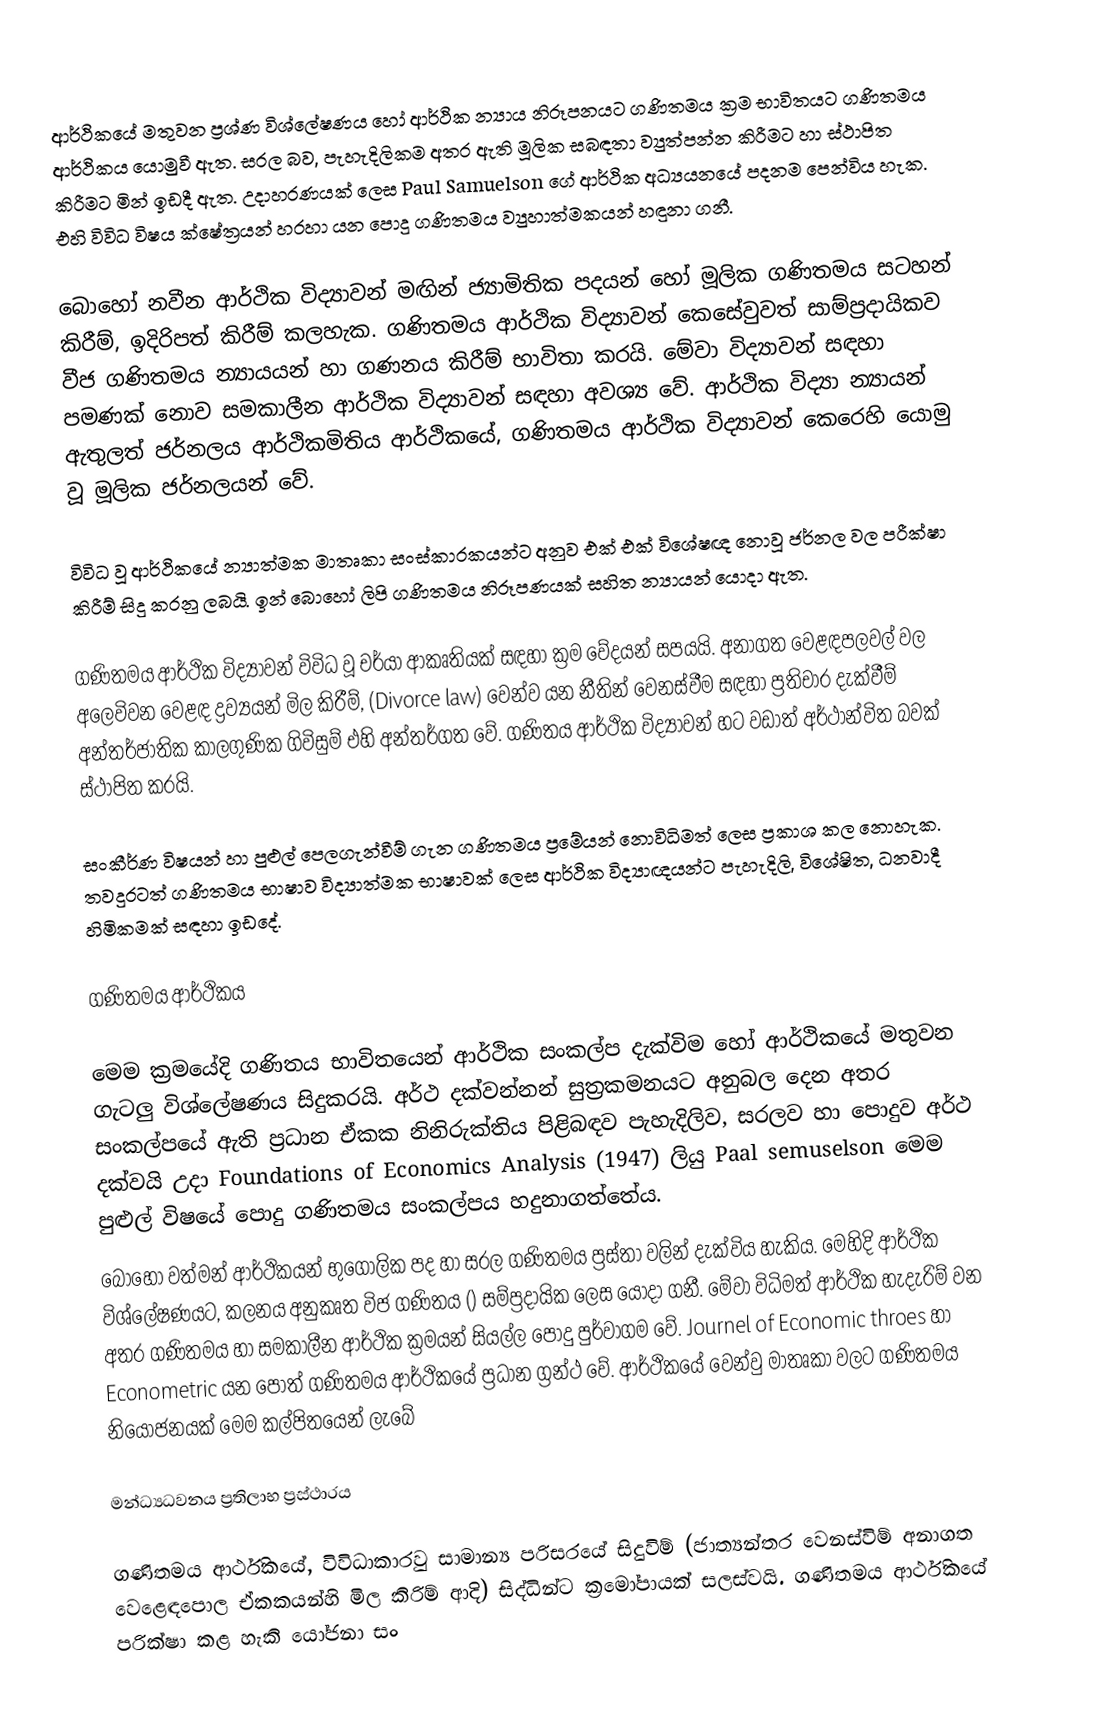
ආර්ථිකයේ මතුවන ප්‍රශ්ණ විශ්ලේෂණය හෝ ආර්ථික න්‍යාය නිරූපනයට ගණිතමය ක්‍රම භාවිතයට ගණිතමය ආර්ථිකය යොමුවී ඇත.  සරල බව, පැහැදිලිකම අතර ඇති මූලික සබඳතා ව්‍යුත්පන්න කිරීමට හා ස්ථාපිත කිරීමට මින් ඉඩදී ඇත.  උදාහරණයක් ලෙස Paul Samuelson ගේ ආර්ථික අධ්‍යයනයේ පදනම පෙන්විය හැක.  එහි විවිධ විෂය ‍ක්ෂේත්‍රයන් හරහා යන පොදු ගණිතමය ව්‍යුහාත්මකයන් හඳුනා ගනී.

බොහෝ නවීන ආර්ථික විද්‍යාවන් මඟින් ජ්‍යාමිතික පදයන් හෝ මූලික ගණිතමය සටහන් කිරීම්, ඉදිරිපත් කිරීම් කලහැක.  ගණිතමය ආර්ථික විද්‍යාවන් කෙසේවුවත් සාම්ප්‍රදායිකව වීජ ගණිතමය න්‍යායයන් හා ගණනය කිරීම් භාවිතා කරයි.  මේවා විද්‍යාවන් සඳහා පමණක් නොව සමකාලීන ආර්ථික විද්‍යාවන් සඳහා අවශ්‍ය වේ.  ආර්ථික විද්‍යා න්‍යායන් ඇතුලත් ජර්නලය ආර්ථිකමිතිය ආර්ථිකයේ, ගණිතමය ආර්ථික විද්‍යාවන් කෙරෙහි යොමු වූ මූලික ජර්නලයන් වේ.

විවිධ වූ ආර්ථිකයේ න්‍යාත්මක මාතෘකා සංස්කාරකයන්ට අනුව එක් එක් විශේෂඥ නොවූ ජර්නල වල පරීක්ෂා කිරීම් සිදු කරනු ලබයි.  ඉන් බොහෝ ලිපි ගණිතමය නිරූපණයක් සහිත න්‍යායන් යොදා ඇත.

ගණිතමය ආර්ථික විද්‍යාවන් විවිධ වූ චර්යා ආකෘතියක් සඳහා ක්‍රම වේදයන් සපයයි.  අනාගත වෙළඳපලවල් වල අලෙවිවන වෙළඳ ද්‍රව්‍යයන් මිල කිරීම්, (Divorce law) වෙන්ව යන නීතින් වෙනස්වීම සඳහා ප්‍රතිචාර දැක්වීම් අන්තර්ජාතික කාලගුණික ගිවිසුම් එහි අන්තර්ගත‍ වේ.  ගණිතය ආර්ථික විද්‍යාවන් හට වඩාත් අර්ථාන්විත බවක් ස්ථාපිත කරයි.

සංකීර්ණ විෂයන් හා පුළුල් පෙලගැන්වීම් ගැන ගණිතමය ප්‍රමේයන් නොවිධිමත් ලෙස ප්‍රකාශ කල නොහැක.  තවදුරටත් ගණිතමය භාෂාව විද්‍යාත්මක භාෂාවක් ලෙස ආර්ථික විද්‍යාඥයන්ට පැහැදිලි, විශේෂිත, ධනවාදී හිමිකමක් සඳහා ඉඩදේ.

ගණිතමය ආර්ථිකය

මෙම ක්‍රමයේදි ගණිතය භාවිතයෙන් ආර්ථික සංකල්ප දැක්විම හෝ ආර්ථිකයේ මතුවන ගැටලු විශ්ලේෂණය සිදුකරයි. අර්ථ දක්වන්නන් සුත්‍රකමනයට අනුබල දෙන අතර සංකල්පයේ ඇති ප්‍රධාන ඒකක නිනිරුක්තිය පිළිබඳව පැහැදිලිව, සරලව හා පොදුව අර්ථ දක්වයි උදා Foundations of Economics Analysis (1947) ලියු Paal semuselson  මෙම පුළුල් විෂයේ පොදු ගණිතමය සංකල්පය හදුනාගත්තේය.
බොහෝ වත්මන් ආර්ථිකයන් භුගෝලික පද හා සරල ගණිතමය ප්‍රස්තා වලින් දැක්විය හැකිය. මෙහිදි ආර්ථික විශ්ලේෂණයට, කලනය අනුකෘත විජ ගණිතය () සම්ප්‍රදායික ලෙස යොදා ගනී. මේවා විධිමත් ආර්ථික හැදැරිම් වන අතර ගණිතමය හා සමකාලීන ආර්ථික ක්‍රමයන් සියල්ල පොදු පුර්වාගම වේ. Journel of Economic throes හා Econometric  යන පොත් ගණිතමය ආර්ථිකයේ ප්‍රධාන ග්‍රන්ථ වේ. ආර්ථිකයේ වෙන්වු මාතෘකා වලට ගණිතමය නියොජනයක් මෙම කල්පිතයෙන් ලැබේ

මන්ධ්‍යධවනය ප්‍රතිලාභ ප්‍රස්ථාරය

ගණිතමය ආර්ථිකයේ, විවිධාකාරවු සාමාන්‍ය පරිසරයේ සිදුවිම් (ජාත්‍යන්තර වෙනස්විම් අනාගත වෙළෙඳපොල ඒකකයන්හි මිල කිරිම් ආදි) සිද්ධින්ට ක්‍රමෝපායක් සලස්වයි. ගණිතමය ආර්ථිකයේ පරික්ෂා කළ හැකි යෝජනා සං